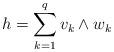
LaTeX: \begin{align*}h=\sum\limits_{k=1}^{q}v_k \wedge w_k\end{align*}